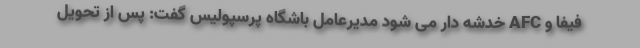
فیفا و AFC خدشه دار می شود مدیرعامل باشگاه پرسپولیس گفت: پس از تحویل